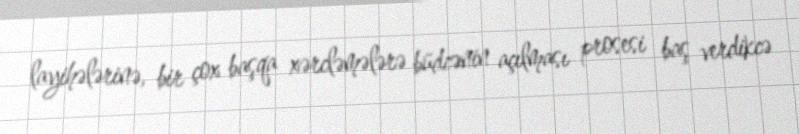
layihələrinə, bir çox başqa xərcləmələrə büdcənin açılması prosesi baş verdikcə